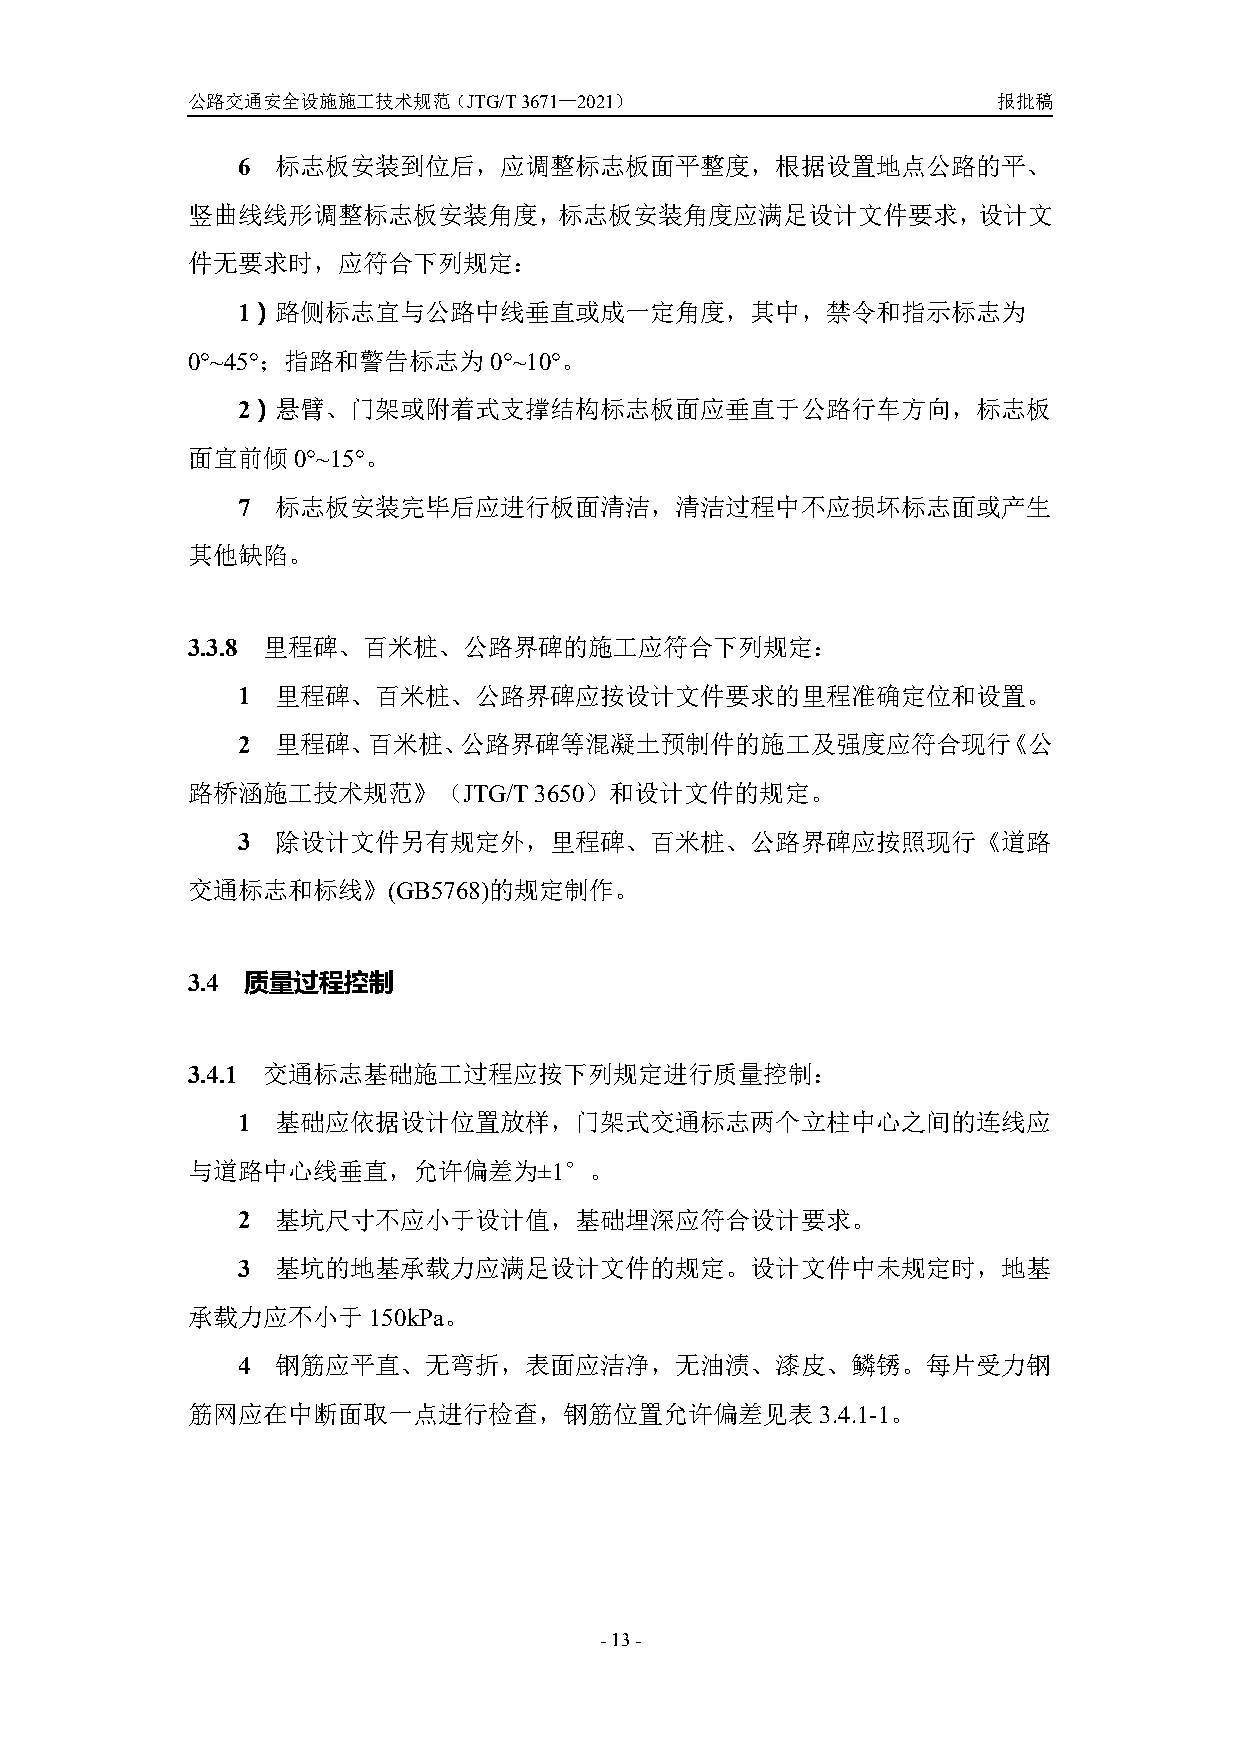
公路交通安全设施施工技术规范（JTG/T3671—2021）                        报批稿
 6 标志板安装到位后，应调整标志板面平整度，根据设置地点公路的平、
 竖曲线线形调整标志板安装角度，标志板安装角度应满足设计文件要求，设计文
 件无要求时，应符合下列规定：
 1）路侧标志宜与公路中线垂直或成一定角度，其中，禁令和指示标志为
 0°~45°；指路和警告标志为     0°~10°。
 2）悬臂、门架或附着式支撑结构标志板面应垂直于公路行车方向，标志板
 面宜前倾0°~15°。
 7 标志板安装完毕后应进行板面清洁，清洁过程中不应损坏标志面或产生
 其他缺陷。
 3.3.8 里程碑、百米桩、公路界碑的施工应符合下列规定：
 1 里程碑、百米桩、公路界碑应按设计文件要求的里程准确定位和设置。
 2 里程碑、百米桩、公路界碑等混凝土预制件的施工及强度应符合现行《公
 路桥涵施工技术规范》（JTG/T       3650）和设计文件的规定。
 3 除设计文件另有规定外，里程碑、百米桩、公路界碑应按照现行《道路
 交通标志和标线》(GB5768)的规定制作。
 3.4 质量过程控制
 3.4.1 交通标志基础施工过程应按下列规定进行质量控制：
 1 基础应依据设计位置放样，门架式交通标志两个立柱中心之间的连线应
 与道路中心线垂直，允许偏差为±1°。
 2 基坑尺寸不应小于设计值，基础埋深应符合设计要求。
 3 基坑的地基承载力应满足设计文件的规定。设计文件中未规定时，地基
 承载力应不小于150kPa。
 4 钢筋应平直、无弯折，表面应洁净，无油渍、漆皮、鳞锈。每片受力钢
 筋网应在中断面取一点进行检查，钢筋位置允许偏差见表3.4.1-1。
 -13-